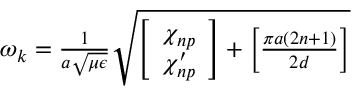
\begin{array} { r } { \omega _ { k } = \frac { 1 } { a \sqrt { \mu \epsilon } } \sqrt { \left[ \begin{array} { c } { \chi _ { n p } } \\ { \chi _ { n p } ^ { \prime } } \end{array} \right] + \left[ \frac { \pi a ( 2 n + 1 ) } { 2 d } \right] } } \end{array}